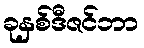
ခုနှစ်ဒီဇင်ဘာ